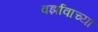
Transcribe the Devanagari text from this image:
वर्झावाच्या